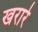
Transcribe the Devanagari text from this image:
खरारे